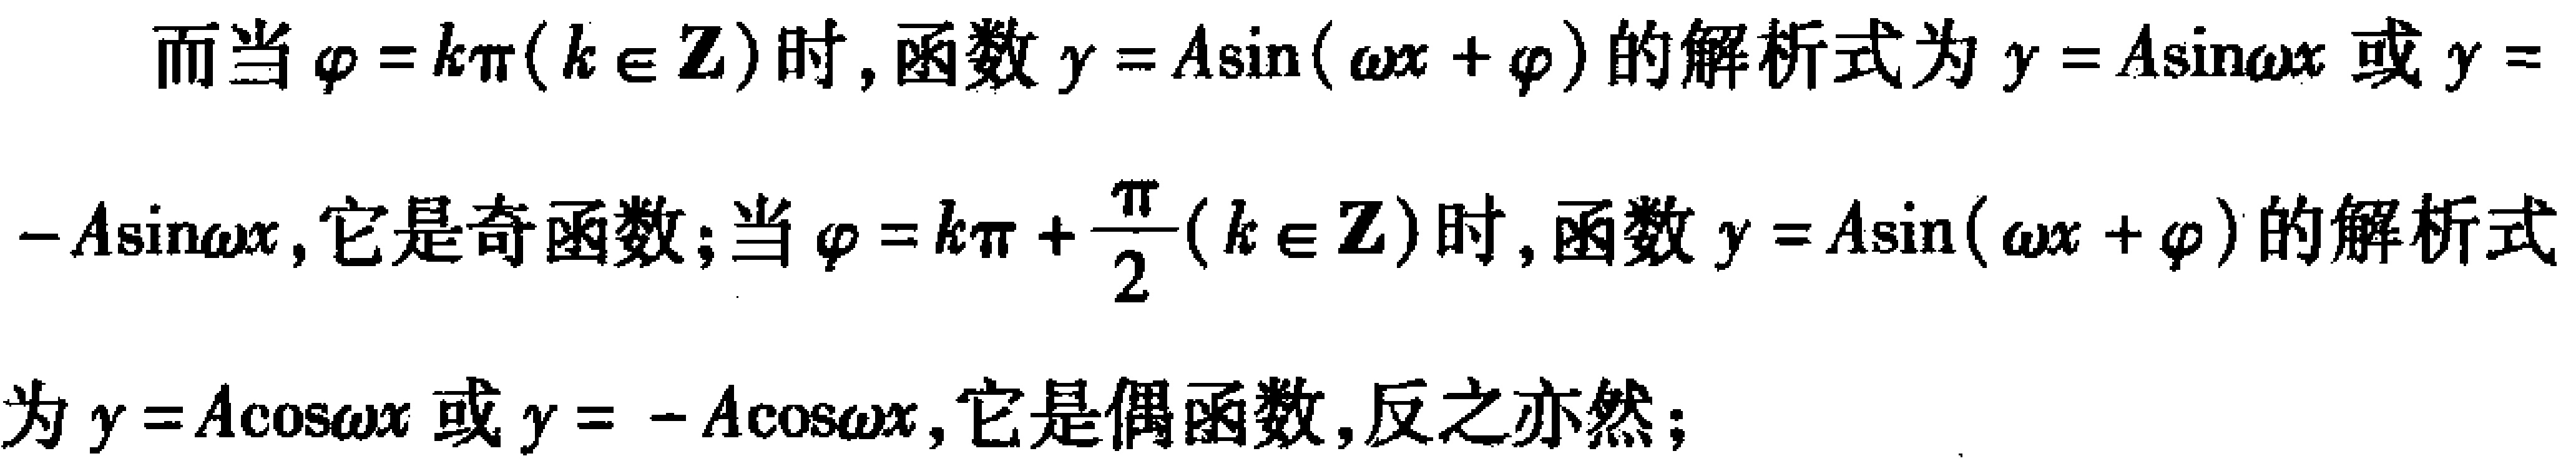
而当$\varphi = k\pi(k\in\mathbb{Z})$时，函数$y = A\sin(\omega x+\varphi)$的解析式为$y = A\sin\omega x$或$y = - A\sin\omega x$，它是奇函数；当$\varphi = k\pi+\frac{\pi}{2}(k\in\mathbb{Z})$时，函数$y = A\sin(\omega x+\varphi)$的解析式为$y = A\cos\omega x$或$y = - A\cos\omega x$，它是偶函数，反之亦然；